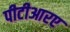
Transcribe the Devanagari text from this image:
पीटीआरए